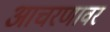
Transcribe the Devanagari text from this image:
आचरणावर